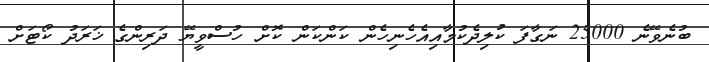
ބުނެވޭނެ 25000 ނަގާފަ ކުލިދެކުމާއިއެހެނިހެން ކަންކަން ކޮށް ހުސްވީޔޭ ދަރިންގެ ޚަރަދު ކޯޓަށް